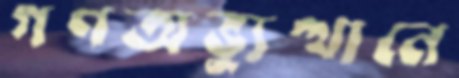
গণঅভ্যুত্থানে